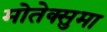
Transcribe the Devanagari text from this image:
मोतेक्सुमा